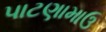
પાટણામાઉ